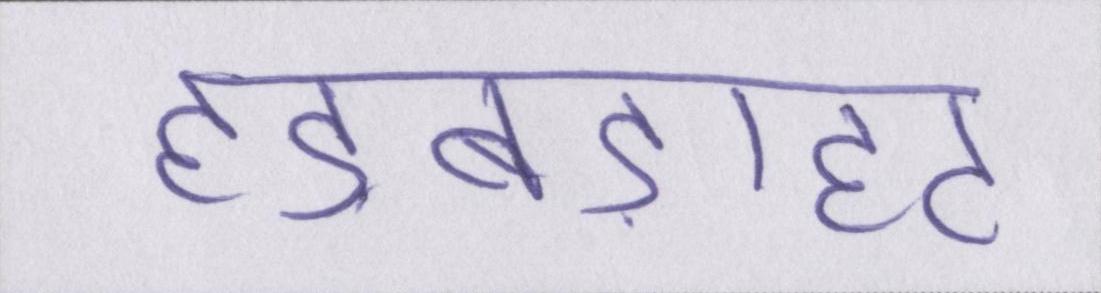
हड़बड़ाहट